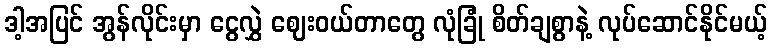
ဒါ့အပြင် အွန်လိုင်းမှာ ငွေလွှဲ ဈေးဝယ်တာတွေ လုံခြုံ စိတ်ချစွာနဲ့ လုပ်ဆောင်နိုင်မယ့်